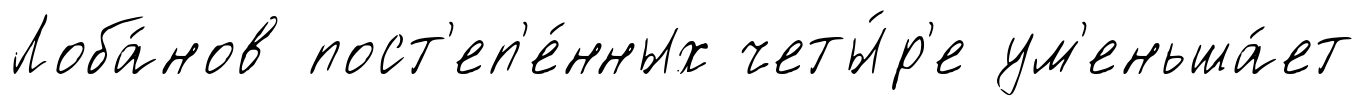
Лоба́нов пост'еп'е́нных четы́р'е ум'еньша́ет